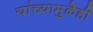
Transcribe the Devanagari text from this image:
यांच्यामुळेही